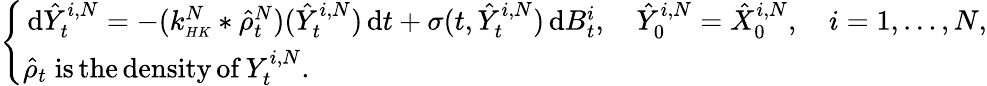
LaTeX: \begin{array}{r}{\left\{ \begin{array}{ll}{\, \mathrm{d}\hat{Y}_{t}^{i,N}=-(k_{\scriptscriptstyle{HK}}^{N}*\hat{\rho}_{t}^{N})(\hat{Y}_{t}^{i,N})\, \mathrm{d}t+\sigma(t,\hat{Y}_{t}^{i,N})\, \mathrm{d}B_{t}^{i},\quad\hat{Y}_{0}^{i,N}=\hat{X}_{0}^{i,N},\quad i=1,\ldots,N,}\\ {\hat{\rho}_{t}\; \mathrm{is\, the\, density\, of}\, Y_{t}^{i,N}.}\end{array}\right.}\end{array}